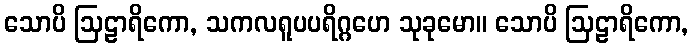
သောပိ ဩဠာရိကော, သကလရူပပရိဂ္ဂဟေ သုခုမော။ သောပိ ဩဠာရိကော,